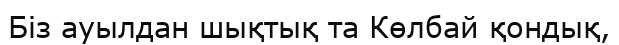
Біз ауылдан шықтық та Көлбай қондық,